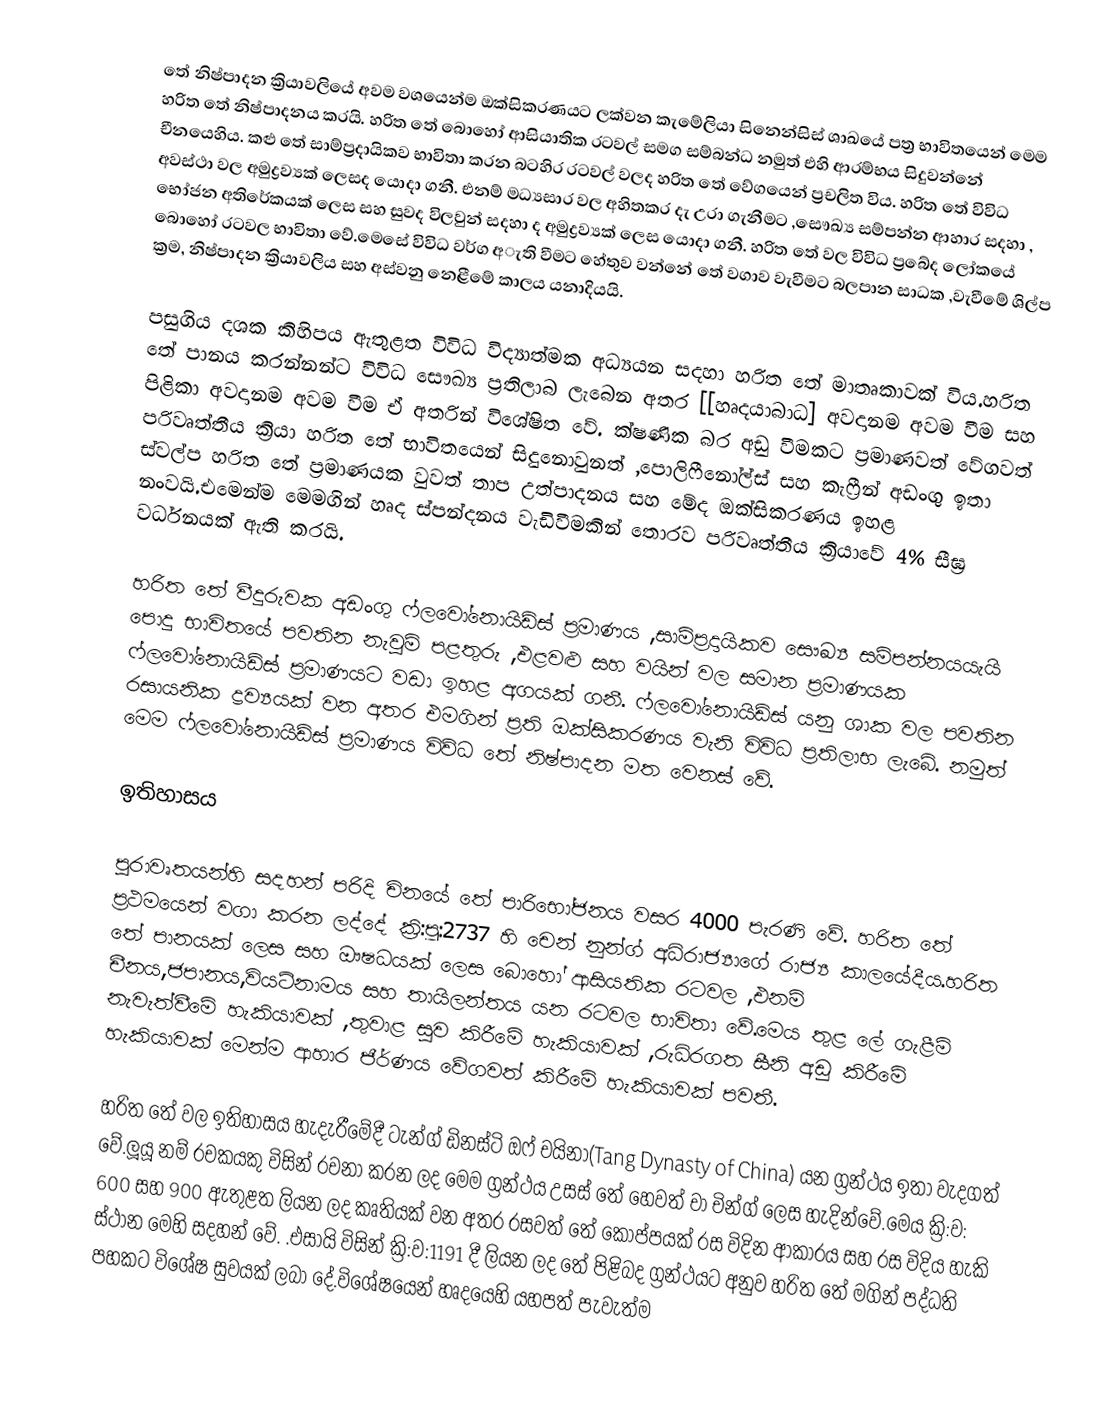
තේ නිෂ්පාදන ක්‍රියාවලියේ අවම වශයෙන්ම ඔක්සිකරණයට ලක්වන කැමේලියා සිනෙන්සිස් ශාඛයේ පත්‍ර භාවිතයෙන් මෙම හරිත තේ නිෂ්පාදනය කරයි. හරිත තේ බොහෝ ආසියාතික රටවල් සමග සම්බන්ධ නමුත් එහි ආරම්භය සිදුවන්නේ චීනයෙහිය. කළු තේ සාම්ප්‍රදායිකව භාවිතා කරන බටහිර රටවල් වලද හරිත තේ වේගයෙන් ප්‍රචලිත විය. හරිත තේ විවිධ අවස්ථා වල අමුද්‍රව්‍යක් ලෙසද යොදා ගනී. එනම් මධ්‍යසාර වල අහිතකර දැ උරා ගැනීමට ,සෞඛ්‍ය සම්පන්න ආහාර සදහා , භෝජන අතිරේකයක් ලෙස සහ සුවද විලවුන් සදහා ද අමුද්‍රව්‍යක් ලෙස යොදා ගනී. හරිත තේ වල විවිධ ප්‍රබේද ලෝකයේ බොහෝ රටවල භාවිතා වේ.මෙසේ විවිධ වර්ග අැති වීමට හේතුව වන්නේ තේ වගාව වැවීමට බලපාන සාධක ,වැවීමේ ශිල්ප ක්‍රම, නිෂ්පාදන ක්‍රියාවලිය සහ අස්වනු නෙළීමේ කාලය යනාදියයි.

පසුගිය දශක කිහිපය ඇතුළත විවිධ විද්‍යාත්මක අධ්‍යයන සදහා හරිත තේ මාතෘකාවක් විය.හරිත තේ පානය කරන්නන්ට විවිධ සෞඛ්‍ය ප්‍රතිලාබ ලැබෙන අතර [[හෘදයාබාධ] අවදානම අවම වීම  සහ පිළිකා අවදානම අවම වීම ඒ අතරින් විශේෂිත වේ. ක්ෂණික බර අඩු වීමකට ප්‍රමාණවත් වේගවත් පරිවෘත්තීය ක්‍රියා හරිත තේ භාවිතයෙන් සිදුනොවුනත් ,පොලිෆීනෝල්ස් සහ කැෆ්‍රීන් අඩංගු ඉතා ස්වල්ප හරිත තේ ප්‍රමාණයක වුවත් තාප උත්පාදනය සහ මේද ඔක්සිකරණය ඉහළ නංවයි.එමෙන්ම මෙමගින් හෘද ස්පන්දනය වැඩිවීමකින් තොරව පරිවෘත්තීය ක්‍රියාවේ 4% සීඝ්‍ර වර්ධනයක් ඇති කරයි.

හරිත තේ වීදුරුවක අඩංගු ෆ්ලවෝනොයිඩ්ස් ප්‍රමාණය ,සාම්ප්‍රදායිකව සෞඛ්‍ය සම්පන්නයයැයි පොදු භාවිතයේ පවතින නැවුම් පළතුරු ,එළවළු සහ වයින් වල සමාන ප්‍රමාණයක ෆ්ලවෝනොයිඩ්ස් ප්‍රමාණයට වඩා ඉහළ අගයක් ගනී. ෆ්ලවෝනොයිඩ්ස් යනු ශාක වල පවතින රසායනික ද්‍රව්‍යයක් වන අතර එමගින් ප්‍රති ඔක්සිකරණය වැනි විවිධ ප්‍රතිලාභ ලැබේ. නමුත් මෙම ෆ්ලවෝනොයිඩ්ස් ප්‍රමාණය විව්ධ තේ නිෂ්පාදන මත වෙනස් වේ.

ඉතිහාසය

පුරාවෘතයන්හි සදහන් පරිදි චිනයේ තේ පාරිභෝජනය වසර 4000 පැරණි වේ. හරිත තේ ප්‍රථමයෙන් වගා කරන ලද්දේ ක්‍රි:පූ:2737 හි චෙන් නුන්ග් අධිරාජ්‍යාගේ රාජ්‍ය කාලයේදීය.හරිත තේ පානයක් ලෙස සහ ඖෂධයක් ලෙස බොහෝ ආසියතික රටවල ,එනම් චීනය,ජපානය,වියට්නාමය සහ තායිලන්තය යන රටවල භාවිතා වේ.මෙය තුළ ලේ ගැළීම් නැවැත්වීමේ හැකියාවක් ,තුවාළ සුව කිරීමේ හැකියාවක් ,රුධිරගත සීනි අඩු කිරීමේ හැකියාවක් මෙන්ම ආහාර ජීර්ණය වේගවත් කිරීමේ හැකියාවක් පවතී.

හරිත තේ වල ඉතිහාසය හැදැරීමේදී ටැන්ග් ඩිනස්ටි ඔෆ් චයිනා(Tang Dynasty of China) යන ග්‍රන්ථය ඉතා වැදගත් වේ.ලූයූ නම් රචකයකු විසින් රචනා කරන ලද මෙම  ග්‍රන්ථය උසස් තේ හෙවත් චා චින්ග් ලෙස හැදින්වේ.මෙය ක්‍රි:ව: 600 සහ 900 ඇතුළත ලියන ලද කෘතියක් වන අතර රසවත් තේ කොප්පයක් රස විදින ආකාරය සහ රස විදිය හැකි ස්ථාන මෙහි සදහන් වේ.  .එසායි විසින් ක්‍රි:ව:1191 දී ලියන ලද තේ පිළිබද ග්‍රන්ථයට අනුව හරිත තේ මගින් පද්ධති පහකට විශේෂ සුවයක් ලබා දේ.විශේෂයෙන් හෘදයෙහි යහපත් පැවැත්ම